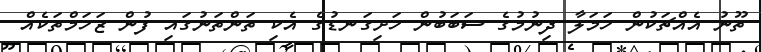
ތޫނު އެއްޗަކުން ހަމަލާ ދިނުމުގެ ސަބަބުން ހަށިގަނޑުގެ އެކި ތަންތަނުގައި ފުން ޒަހަމްތަކެއް